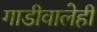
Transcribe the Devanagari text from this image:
गाडीवालेही